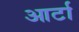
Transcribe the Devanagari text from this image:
आर्टा